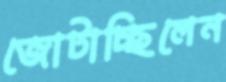
জোটাচ্ছিলেন